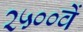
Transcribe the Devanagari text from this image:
२५००वें